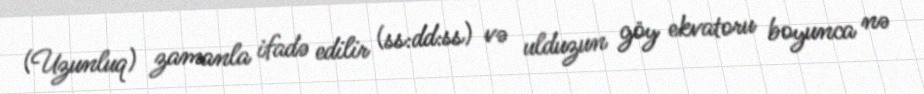
(Uzunluq) zamanla ifadə edilir (ss:dd:ss) və ulduzun göy ekvatoru boyunca nə